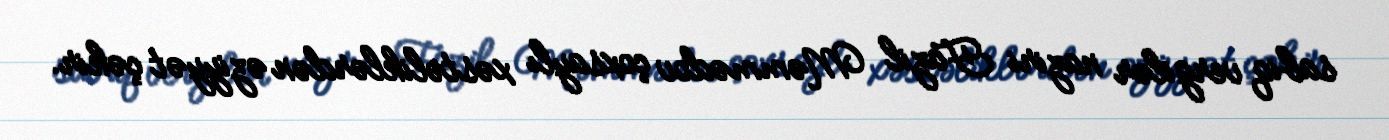
sabiq vergilər naziri Fazil Məmmədov çoxsaylı xəstəliklərdən əziyyət çəkir.